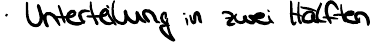
Unterteilung in zwei Hälften